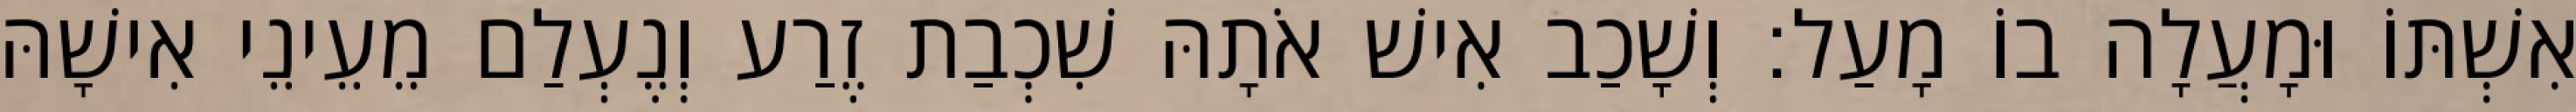
אִשְׁתּוֹ וּמָעֲלָה בוֹ מָעַל׃ וְשָׁכַב אִישׁ אֹתָהּ שִׁכְבַת זֶרַע וְנֶעְלַם מֵעֵינֵי אִישָׁהּ